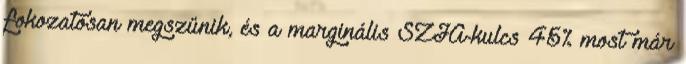
fokozatosan megszűnik, és a marginális SZJA-kulcs 45% most már